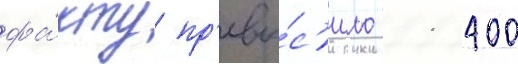
фа́кту пр'евы́с'ило 11 400